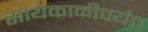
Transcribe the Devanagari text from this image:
सायंकाळीपर्यंत